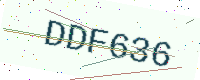
Text: DDF636